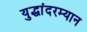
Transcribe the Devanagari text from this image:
युद्धांदरम्यान